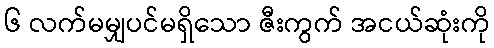
၆ လက်မမျှပင်မရှိသော ဇီးကွက် အငယ်ဆုံးကို